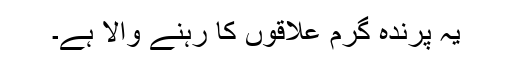
یہ پرندہ گرم علاقوں کا رہنے والا ہے۔